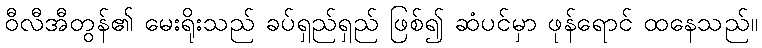
ဝီလီအီတွန်၏ မေးရိုးသည် ခပ်ရှည်ရှည် ဖြစ်၍ ဆံပင်မှာ ဖုန်ရောင် ထနေသည်။